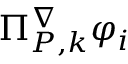
\Pi _ { { P } , k } ^ { \nabla } \varphi _ { i }